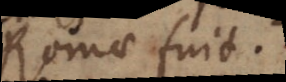
Romae fuit.